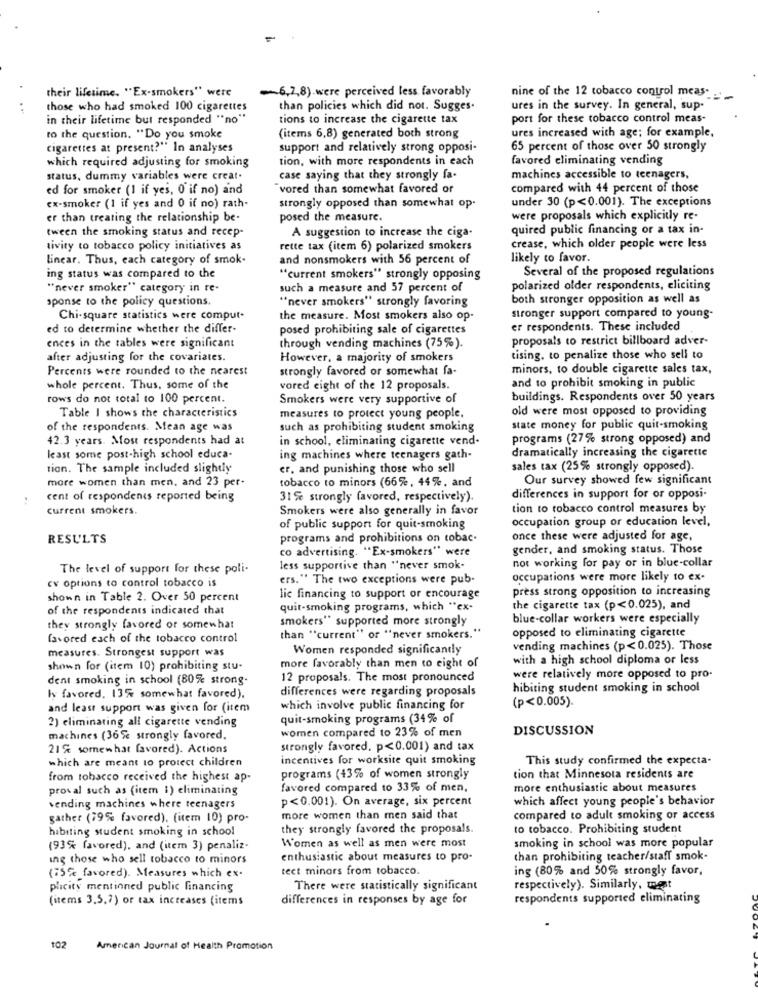
their lifetime. "Ex-smokers" were
6,7,8).were perceived less favorably
nine of the 12 tobacco control meas-
..
those who had smoked 100 cigarettes
than policies which did not. Sugges.
ures in the survey. In general, sup-
in their lifetime but responded "no"
tions to increase the cigarette tax
port for these tobacco control meas-
to the question, "Do you smoke
(items 6,8) generated both strong
ures increased with age; for example,
cigarettes at present?" In analyses
support and relatively strong opposi-
65 percent of those over 50 strongly
which required adjusting for smoking
tion, with more respondents in each
favored eliminating vending
status, dummy variables were creat.
case saying that they strongly fa-
machines accessible to teenagers,
ed for smoker (1 if yes, 0 if no) and
"vored than somewhat favored or
compared with 44 percent of those
under 30 (p<0.001). The exceptions
ex-smoker (1 if yes and 0 if no) rath-
strongly opposed than somewhat op.
er than treating the relationship be-
posed the measure.
were proposals which explicitly re-
tween the smoking status and recep-
A suggestion to increase the ciga-
quired public financing or a tax in-
tivity to tobacco policy initiatives as
rette tax (item 6) polarized smokers
crease, which older people were less
linear. Thus, each category of smok-
and nonsmokers with 56 percent of
likely to favor.
Several of the proposed regulations
ing status was compared to the
"current smokers" strongly opposing
"never smoker" category in re-
such a measure and 57 percent of
polarized older respondents, eliciting
sponse to the policy questions.
"never smokers" strongly favoring
both stronger opposition as well as
Chi-square statistics were comput.
the measure. Most smokers also op.
stronger support compared to young-
ed to determine whether the differ-
posed prohibiting sale of cigarettes
er respondents. These included
proposals to restrict billboard adver-
ences in the tables were significant
through vending machines (75%).
after adjusting for the covariates.
However, a majority of smokers
tising, to penalize those who sell to
Percents were rounded to the nearest
strongly favored or somewhat fa-
minors, to double cigarette sales tax,
and to prohibit smoking in public
whole percent. Thus, some of the
vored eight of the 12 proposals.
rows do not total to 100 percent.
Smokers were very supportive of
buildings. Respondents over 50 years
Table I shows the characteristics
old were most opposed to providing
measures to protect young people.
of the respondents. Mean age was
such as prohibiting student smoking
state money for public quit-smoking
42.3 years. Most respondents had at
in school, eliminating cigarette vend-
programs (27% strong opposed) and
least some post-high school educa-
ing machines where teenagers gath-
dramatically increasing the cigarette
tion. The sample included slightly
er. and punishing those who sell
sales tax (25% strongly opposed).
more women than men, and 23 per-
tobacco to minors (66%, 44%, and
Our survey showed few significant
cent of respondents reported being
31 e strongly favored, respectively).
differences in support for or opposi-
current smokers.
Smokers were also generally in favor
tion to tobacco control measures by
occupation group or education level,
of public support for quit-smoking
RESULTS
programs and prohibitions on tobac.
once these were adjusted for age,
co advertising. "Ex-smokers" were
gender, and smoking status. Those
not working for pay or in blue-collar
The level of support for these poli-
less supportive than "never smok-
cv options to control tobacco is
ers." The two exceptions were pub-
occupations were more likely to ex-
press strong opposition to increasing
shown in Table 2. Over 50 percent
lic financing to support or encourage
of the respondents indicated that
quit-smoking programs, which "ex-
the cigarette tax (p<0.025), and
smokers" supported more strongly
blue-collar workers were especially
they strongly favored or somewhat
opposed to eliminating cigarette
favored each of the tobacco control
than "current" or "never smokers."
measures. Strongest support was
Women responded significantly
vending machines (p<0.025). Those
with a high school diploma or less
shown for (item 10) prohibiting stu-
more favorably than men to eight of
dent smoking in school (80% strong-
12 proposals. The most pronounced
were relatively more opposed to pro-
differences were regarding proposals
hibiting student smoking in school
ly favored. 13% somewhat favored).
(p<0.005).
and least support was given for (item
which involve public financing for
2) eliminating all cigarette vending
quit-smoking programs (34% of
women compared to 23% of men
DISCUSSION
machines (36Se strongly favored.
21 % somewhat favored). Actions
strongly favored. p<0.001) and tax
which are meant to protect children
incentives for worksite quit smoking
This study confirmed the expecta-
from tobacco received the highest ap-
programs (43% of women strongly
tion that Minnesota residents are
proval such as (item i) eliminating
favored compared to 33% of men.
more enthusiastic about measures
p<0.001). On average, six percent
which affect young people's behavior
vending machines where teenagers
gather (79% favored). (item 10) pro-
more women than men said that
compared to adult smoking or access
habiting student smoking in school
they strongly favored the proposals.
to tobacco. Prohibiting student
smoking in school was more popular
(93% favored), and (item 3) penaliz-
Women as well as men were most
ing those who sell tobacco to minors
enthusiastic about measures to pro-
than prohibiting teacher/staff smok.
tect minors from tobacco.
ing (80% and 50% strongly favor,
(35% favored). Measures which ex-
plicity mentioned public financing
There were statistically significant
respectively). Similarly, mest
(items 3.5,7) or tax increases (items
differences in responses by age for
respondents supported eliminating
102
American Journal of Health Promotion